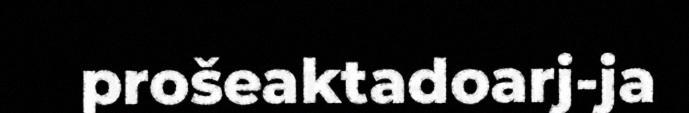
prošeaktadoarj-ja